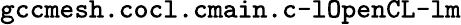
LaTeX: \texttt{gccmesh.cocl.cmain.c-lOpenCL-lm}